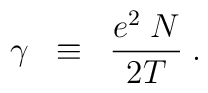
\gamma \; \; \equiv \; \; \frac{ e^2 \; N}{2 T} \; .